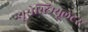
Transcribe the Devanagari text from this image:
न्यूरोस्टिम्यूलेटर